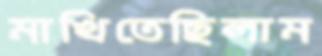
মাখিতেছিলাম